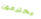
يحترمون